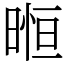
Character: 暅